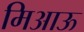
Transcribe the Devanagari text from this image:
मिआऊ